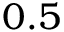
0 . 5